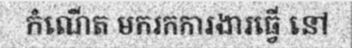
កំណើត មករកការងារធ្វើ នៅ